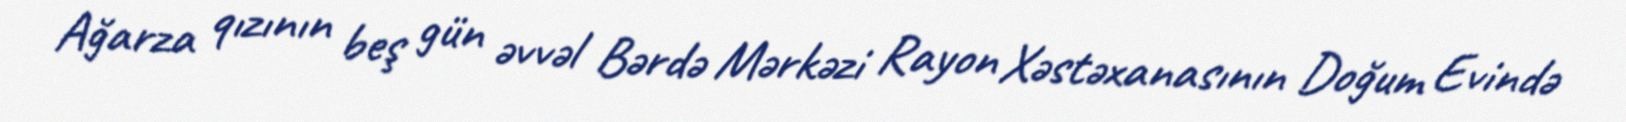
Ağarza qızının beş gün əvvəl Bərdə Mərkəzi Rayon Xəstəxanasının Doğum Evində